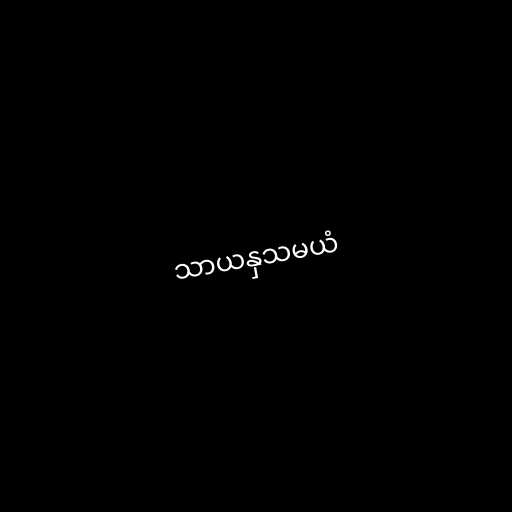
သာယနှသမယံ